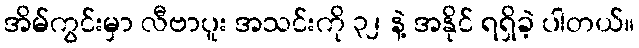
အိမ်ကွင်းမှာ လီဗာပူး အသင်းကို ၃၂ နဲ့ အနိုင် ရရှိခဲ့ ပါတယ်။